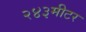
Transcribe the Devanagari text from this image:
२४३मीटर